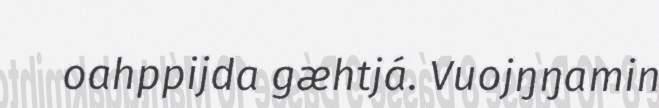
oahppijda gæhtjá. Vuojŋŋamin